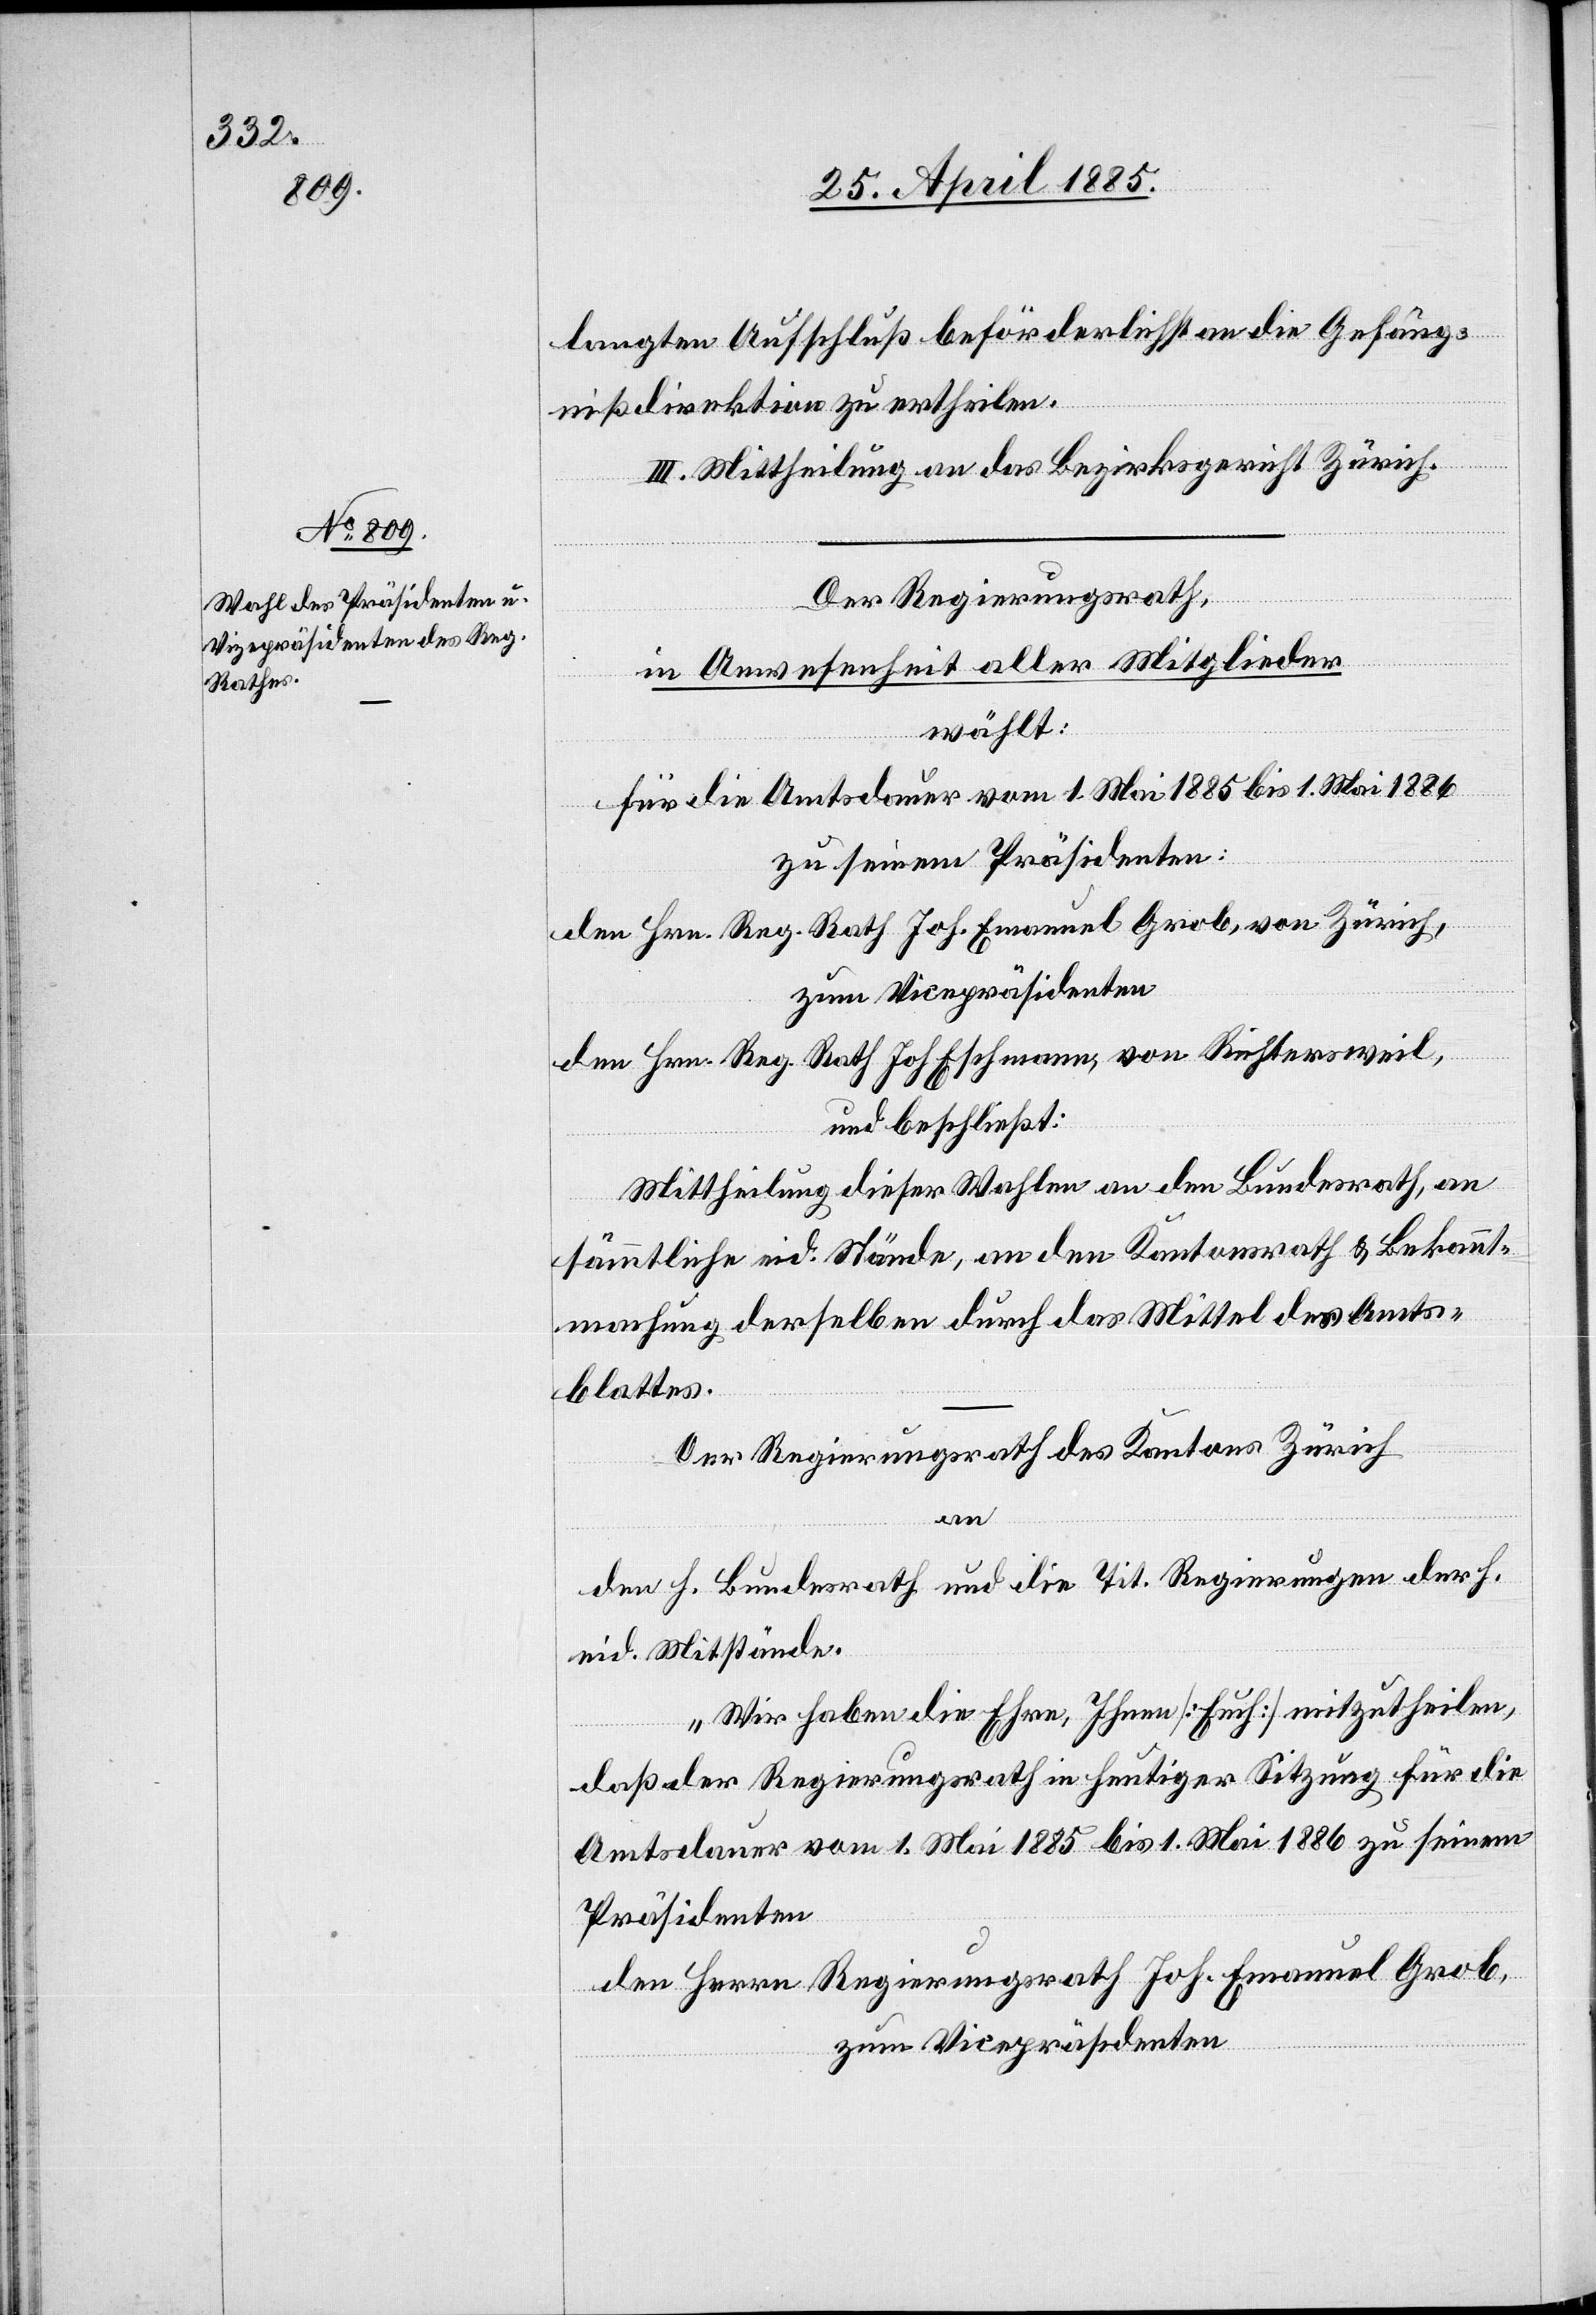
langten Aufschluß beförderlichst an die Gefäng¬
nißdirektion zu ertheilen.
III. Mittheilung an das Bezirksgericht Zürich.
Der Regierungsrath,
in Anwesenheit aller Mitglieder
wählt:
für die Amtsdauer vom 1. Mai 1885 bis 1. Mai 1886
zu seinem Präsidenten:
den Hrn. Reg. Rath Joh. Emanuel Grob, von Zürich,
zum Vicepräsidenten
den Hrn. Reg. Rath Joh. Eschmann, von Richtersweil,
und beschließt:
Mittheilung dieser Wahlen an den Bundesrath, an
sämmtliche eid. Stände, an den Kantonsrath & Bekannt¬
machung derselben durch das Mittel des Amts¬
blattes.
Der Regierungsrath des Kantons Zürich
an
den Bundesrath und die Tit. Regierungen durch
eid. Mitstände.
„Wir haben die Ehre, Ihnen [Euch] mitzutheilen,
daß der Regierungsrath in heutiger Sitzung für die
Amtsdauer vom 1. Mai 1885 bis 1. Mai 1886 zu seinem
Präsidenten
den Herrn Regierungsrath Joh. Emanuel Grob,
zum Vicepräsidenten